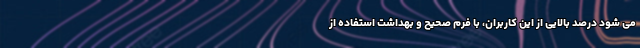
می شود درصد بالایی از این کاربران، با فرم صحیح و بهداشت استفاده از